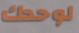
لوحدك